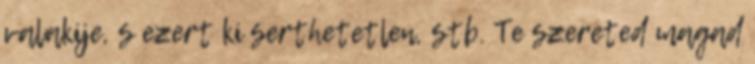
valakije, s ezert ki serthetetlen, stb. Te szereted magad